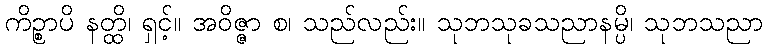
ကိဉ္စာပိ နတ္ထိ၊ ရှင့်။ အဝိဇ္ဇာ စ၊ သည်လည်း။ သုဘသုခသညာနမ္ပိ၊ သုဘသညာ